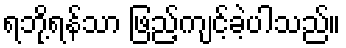
ရဘို့ရန်သာ ဖြည့်ကျင့်ခဲ့ပါသည်။